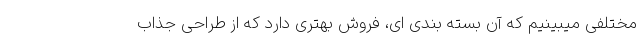
مختلفی میبینیم که آن بسته بندی ای، فروش بهتری دارد که از طراحی جذاب